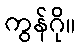
ကွန်ဂို။